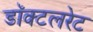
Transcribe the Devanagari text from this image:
डॉक्टलरेट